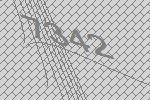
7342